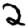
Digit: 2